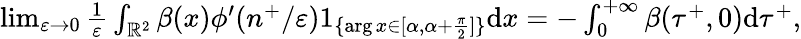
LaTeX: \begin{array}{r}{\operatorname*{lim}_{\varepsilon\to 0}\frac{1}{\varepsilon}\int_{\mathbb{R}^{2}}\beta(x)\phi^{\prime}(n^{+}/\varepsilon)1_{\{ \arg x\in[\alpha,\alpha+\frac{\pi}{2}]\} }\textrm{d}x=-\int_{0}^{+\infty}\beta(\tau^{+},0)\textrm{d}\tau^{+},}\end{array}